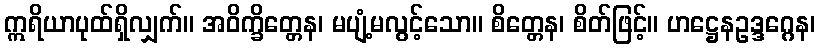
ဣရိယာပုထ်ရှိလျှက်။ အဝိက္ခိတ္တေန၊ မပျံ့မလွင့်သော။ စိတ္တေန၊ စိတ်ဖြင့်။ ဟဋ္ဌေနဥဒ္ဒဂ္ဂေန၊